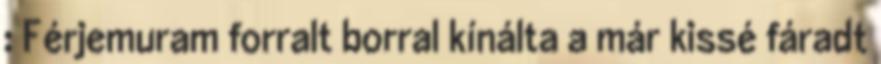
: Férjemuram forralt borral kínálta a már kissé fáradt